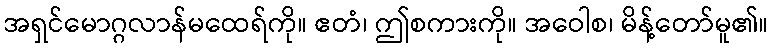
အရှင်မောဂ္ဂလာန်မထေရ်ကို။ ဧတံ၊ ဤစကားကို။ အဝေါစ၊ မိန့်တော်မူ၏။